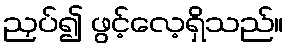
ညှပ်၍ ဖွင့်လေ့ရှိသည်။